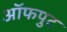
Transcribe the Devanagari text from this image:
ऑफपुट